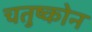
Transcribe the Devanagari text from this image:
चतुष्कोन